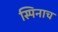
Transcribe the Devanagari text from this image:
स्पिनाच